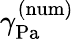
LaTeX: \gamma_{\mathrm{{Pa}}}^{\mathrm{{(num)}}}